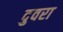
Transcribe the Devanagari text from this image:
दुवरा